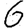
Digit: 6